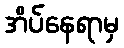
အိပ်နေရာမှ